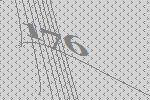
176